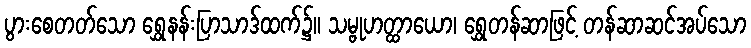
ပွားစေတတ်သော ရွှေနန်းပြာသာဒ်ထက်၌။ သမ္ဗုဟတ္ထာယော၊ ရွှေတန်ဆာဖြင့် တန်ဆာဆင်အပ်သော